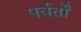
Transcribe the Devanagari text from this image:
पर्वर्तों